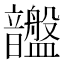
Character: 𥃚